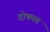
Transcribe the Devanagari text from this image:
दोषमय